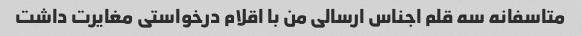
متاسفانه سه قلم اجناس ارسالی من با اقلام درخواستی مغایرت داشت